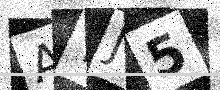
Text: ATJ5